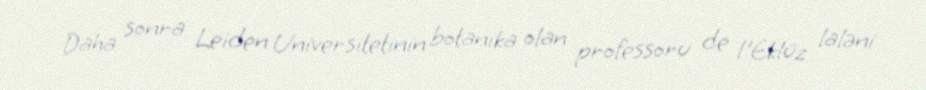
Daha sonra Leiden Universitetinin botanika olan professoru de l'Eklüz laləni